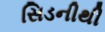
સિડનીથી